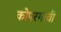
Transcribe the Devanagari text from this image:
कोपरगावी